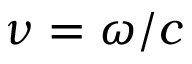
\nu = \omega / c